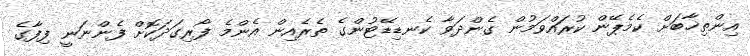
އިންތިޚާބަށް ކެމެޕޭން ކުރައްވަމުން ގެންދަވާ ކެނޑިޑޭޓުންގެ ތެރެއިން އެންމެ ފޯރިގަދަކޮށް ފެންނަނީ ފިފާގެ